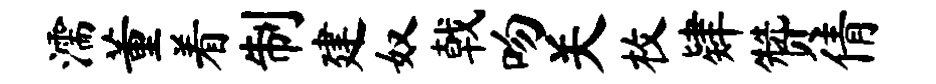
濡董着制建奴戟吻关枚肄赞倩